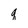
Character: q